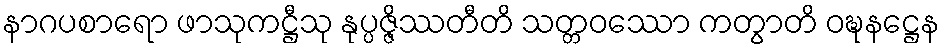
နာဂပစာရော ဖာသုကဋ္ဌီသု နုပ္ပဇ္ဇိဿတီတိ သတ္တဝဿော ကတွာတိ ဝဍ္ဎနဋ္ဌေန